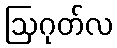
ဩဂုတ်လ